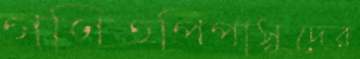
গণিতপিপাসুদের